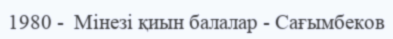
1980 -  Мінезі қиын балалар - Сағымбеков